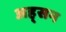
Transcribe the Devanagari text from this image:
अह्सन